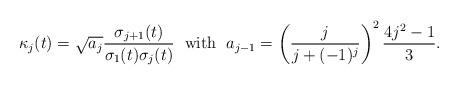
LaTeX: \begin{align*}\kappa_j(t)=\sqrt{a_j}\frac{\sigma_{j+1}(t)}{\sigma_1(t) \sigma_j(t)}\hskip .1in {\rm with} \hskip .1in a_{j-1} = \left(\dfrac{j}{j+(-1)^j}\right)^2 {\dfrac{4j^2-1}{3}}.\end{align*}